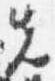
先